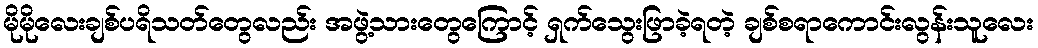
မိုမိုလေးချစ်ပရိသတ်တွေလည်း အဖွဲ့သားတွေကြောင့် ရှက်သွေးဖြာခဲ့ရတဲ့ ချစ်စရာကောင်းလွန်းသူလေး